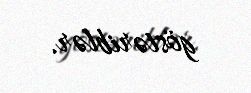
göstəriblər.